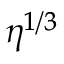
\eta ^ { 1 / 3 }